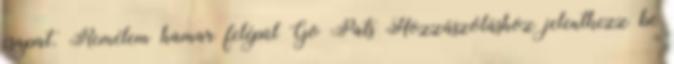
csapat. Remélem hamar felépül Go Pats Hozzászóláshoz jelentkezz be